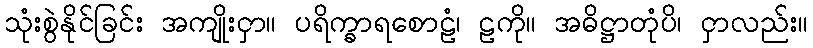
သုံးစွဲနိုင်ခြင်း အကျိုးငှာ။ ပရိက္ခာရစောဠံ၊ ဠကို။ အဓိဋ္ဌာတုံပိ၊ ငှာလည်း။